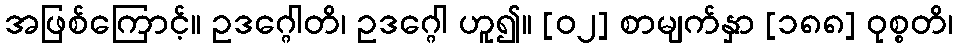
အဖြစ်ကြောင့်။ ဥဒဂ္ဂေါတိ၊ ဥဒဂ္ဂေါ ဟူ၍။ [၀၂] စာမျက်နှာ [၁၈၈] ဝုစ္စတိ၊